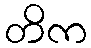
တိက